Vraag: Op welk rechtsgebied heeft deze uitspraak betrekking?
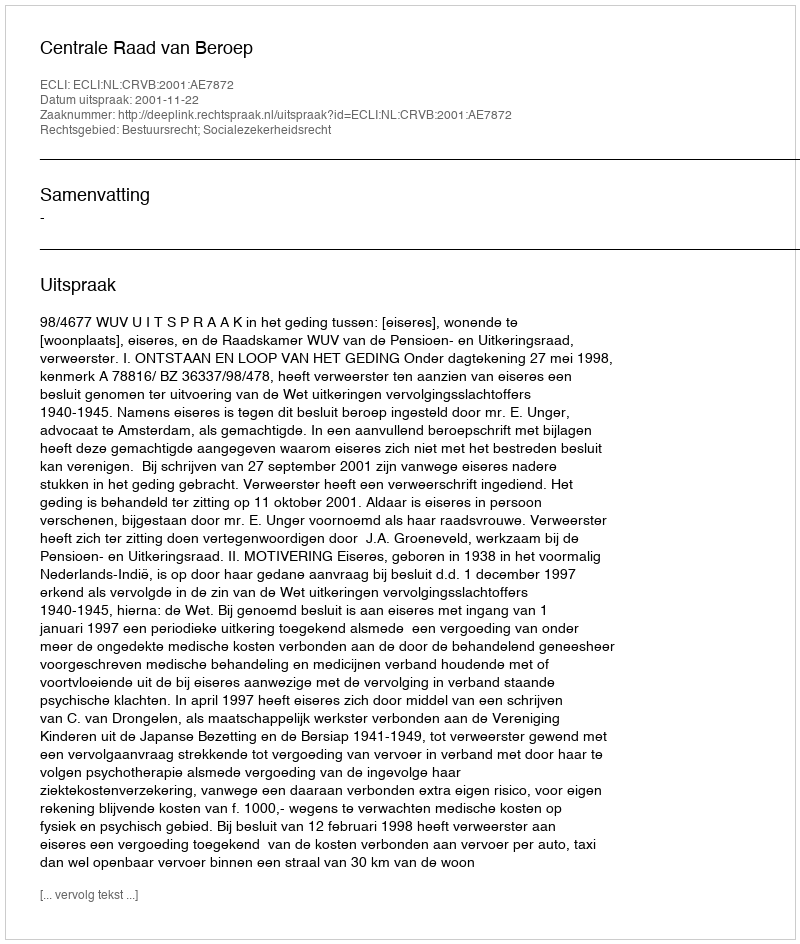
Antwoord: Bestuursrecht; Socialezekerheidsrecht